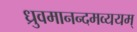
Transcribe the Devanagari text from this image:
ध्रुवमानन्दमव्ययम्